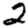
Digit: 2